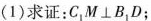
(1)求证：C_{1}M⊥B_{1}D；